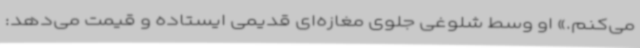
می‌کنم.» او وسط شلوغی جلوی مغازه‌ای قدیمی ایستاده و قیمت می‌دهد: